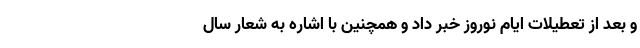
و بعد از تعطیلات ایام نوروز خبر داد و همچنین با اشاره به شعار سال